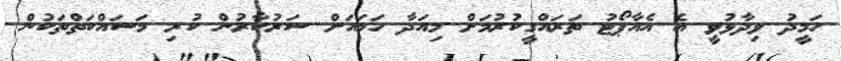
ހަމީދު ވިދާޅުވީ އެ އެއާޕޯޓު ތަރައްގީކުރުމަށް މިއަދާ ހަމައަށް ސަރުކާރުން ކުރި މަސައްކަތްތަކުން